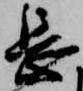
長